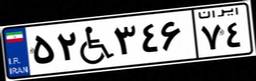
۵۲W۳۴۶۷۴